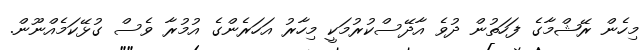
މިހެން ރޭޝްމާގެ ފަހަތުން ދުވެ އާދޭސްކުރުމަކީ މިހާރު އަހަރެންގެ އުމުރާ ވެސް ގުޅޭކަމެއްނޫން.